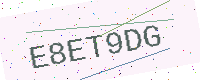
Text: E8ET9DG